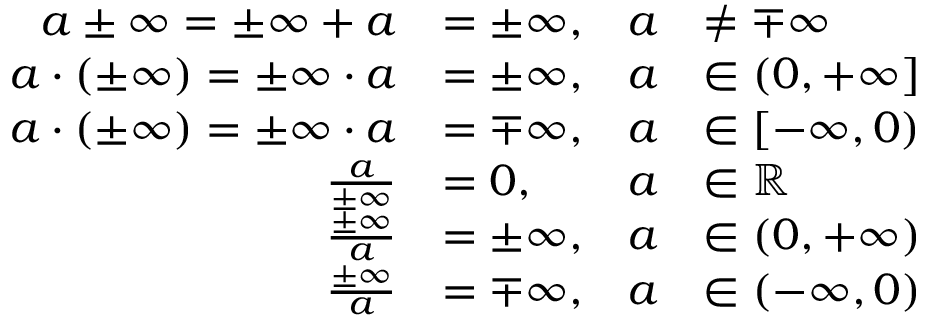
{ \begin{array} { r l r l } { a \pm \infty = \pm \infty + a } & { = \pm \infty , } & { a } & { \neq \mp \infty } \\ { a \cdot ( \pm \infty ) = \pm \infty \cdot a } & { = \pm \infty , } & { a } & { \in ( 0 , + \infty ] } \\ { a \cdot ( \pm \infty ) = \pm \infty \cdot a } & { = \mp \infty , } & { a } & { \in [ - \infty , 0 ) } \\ { { \frac { a } { \pm \infty } } } & { = 0 , } & { a } & { \in \mathbb { R } } \\ { { \frac { \pm \infty } { a } } } & { = \pm \infty , } & { a } & { \in ( 0 , + \infty ) } \\ { { \frac { \pm \infty } { a } } } & { = \mp \infty , } & { a } & { \in ( - \infty , 0 ) } \end{array} }